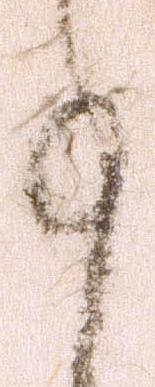
事